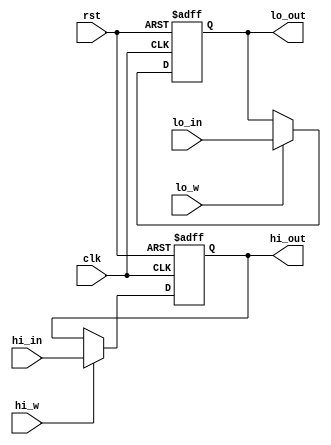
module HILO(
input clk,
input rst,
input [31:0]hi_in,
input [31:0]lo_in,
input hi_w,
input lo_w,
output [31:0]hi_out,
output [31:0]lo_out
    );
    reg [31:0]hi;
    reg [31:0]lo;
    
    assign hi_out=hi;
    assign lo_out=lo;
    
    always @(negedge clk or posedge rst)
    begin
    if(rst==1'b1)
    begin
    hi<=32'b0;
    lo<=32'b0;
    end
    else
    begin
        if(hi_w==1)
        begin
        hi<=hi_in;
        end
        else
        begin
        end
        
        if(lo_w==1)
        begin
        lo<=lo_in;
        end
        else
        begin
        end
        
    end
    
    
    end
    
endmodule